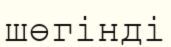
шөгінді